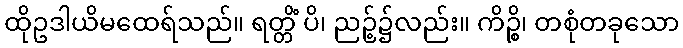
ထိုဥဒါယိမထေရ်သည်။ ရတ္တိံ ပိ၊ ညဉ့်၌လည်း။ ကိဉ္စိ၊ တစုံတခုသော